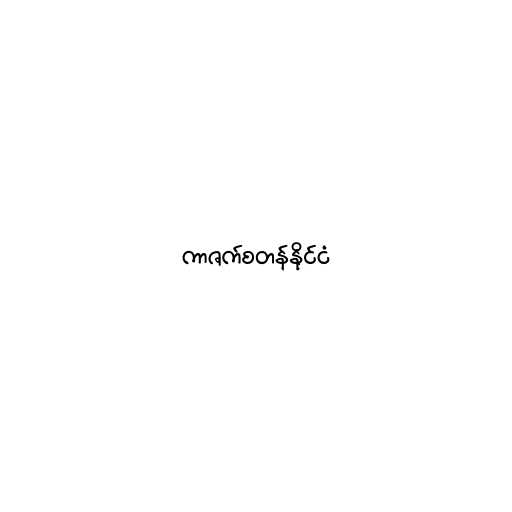
ကာဇက်စတန်နိုင်ငံ